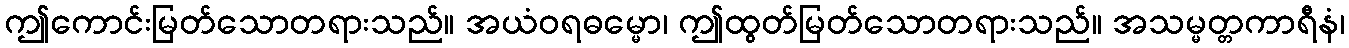
ဤကောင်းမြတ်သောတရားသည်။ အယံဝရဓမ္မော၊ ဤထွတ်မြတ်သောတရားသည်။ အသမ္မတ္တကာရီနံ၊